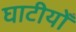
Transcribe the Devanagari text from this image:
घाटीयोँ